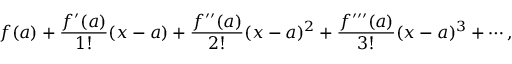
f ( a ) + { \frac { f ^ { \prime } ( a ) } { 1 ! } } ( x - a ) + { \frac { f ^ { \prime \prime } ( a ) } { 2 ! } } ( x - a ) ^ { 2 } + { \frac { f ^ { \prime \prime \prime } ( a ) } { 3 ! } } ( x - a ) ^ { 3 } + \cdots ,